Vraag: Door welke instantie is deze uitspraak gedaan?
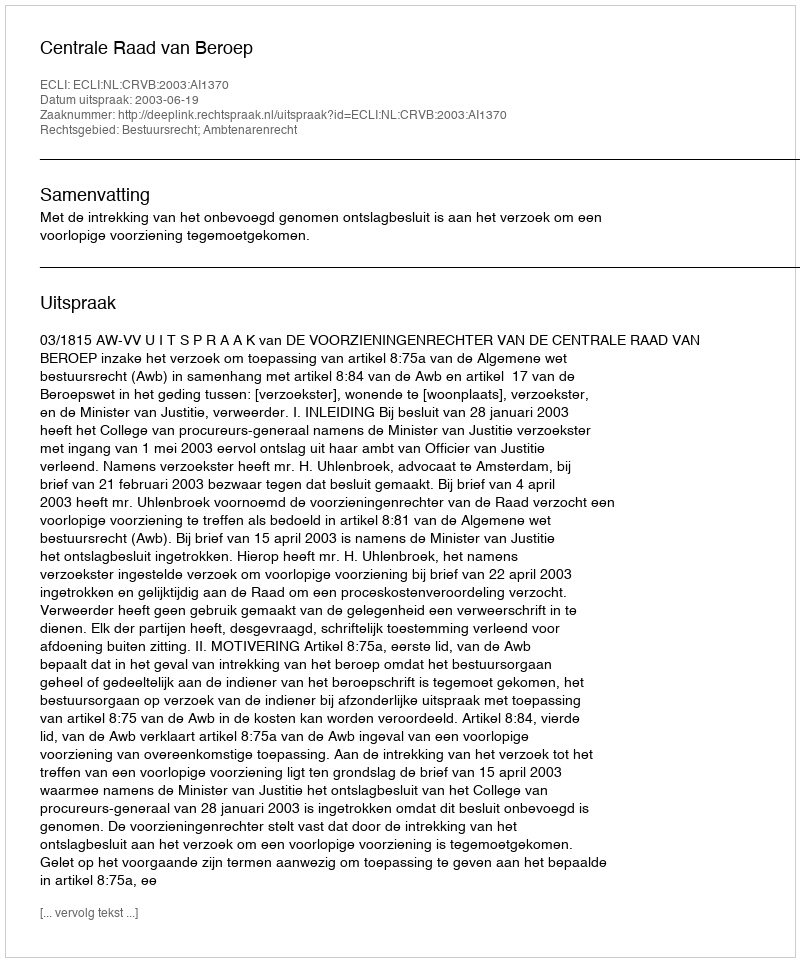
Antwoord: Centrale Raad van Beroep